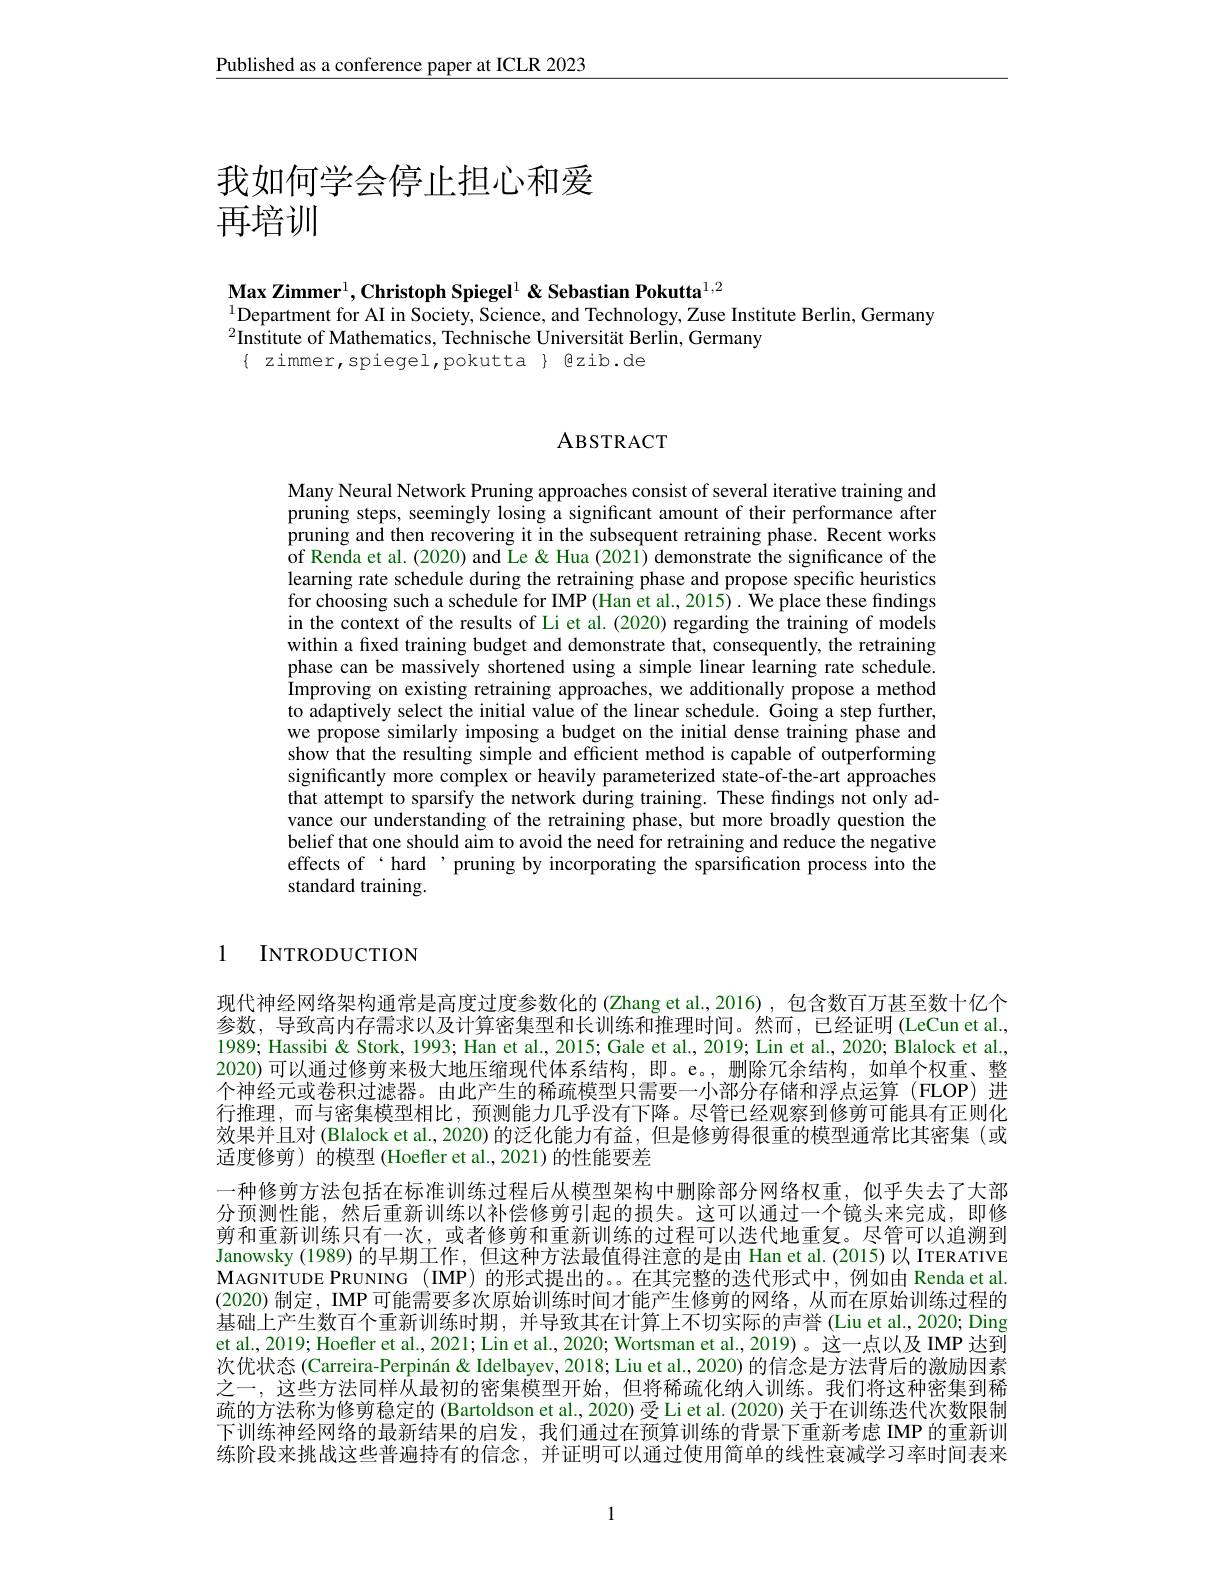
$\underline{\text{Published as a conference paper at ICLR 2023}}$

# 我如何学会停止担心和爱再培训

Max Zimmer$^1,\textbf{Christoph Spiegel}^1$ & Sebastian Pokutta$^1,2$
$^{1}$Department for AI in Society, Science, and Technology, Zuse Institute Berlin, Germany
$^{2}$Institute of Mathematics, Technische Universität Berlin, Germany
$\{$ zimmer,spiegel,pokutta}{@zib.de

## ABSTRACT

Many Neural Network Pruning approaches consist of several iterative training and pruning steps, seemingly losing a significant amount of their performance after pruning and then recovering it in the subsequent retraining phase. Recent works of Renda et al.(2020) and Le& Hua (2021) demonstrate the significance of the learning rate schedule during the retraining phase and propose specific heuristics for choosing such a schedule for IMP (Han et al., 2015). We place these findings in the context of the results of Li et al. (2020) regarding the training of models within a fixed training budget and demonstrate that, consequently, the retraining phase can be massively shortened using a simple linear learning rate schedule. Improving on existing retraining approaches, we additionally propose a method to adaptively select the initial value of the linear schedule. Going a step further, we propose similarly imposing a budget on the initial dense training phase and show that the resulting simple and efficient method is capable of outperforming significantly more complex or heavily parameterized state-of-the-art approaches that attempt to sparsify the network during training. These findings not only advance our understanding of the retraining phase, but more broadly question the belief that one should aim to avoid the need for retraining and reduce the negative effects of‘hard’pruning by incorporating the sparsification process into the standard training.

1 INTRODUCTION

现代神经网络架构通常是高度过度参数化的 (Zhang et al.,2016),包含数百万甚至数十亿个参数，导致高内存需求以及计算密集型和长训练和推理时间。然而，已经证明(LeCun et al., 1989; Hassibi & Stork, 1993; Han et al., 2015; Gale et al., 2019; Lin et al., 2020; Blalock et al. 2020) 可以通过修剪来极大地压缩现代体系结构，即。e。,删除冗余结构，如单个权重、整个神经元或卷积过滤器。由此产生的稀疏模型只需要一小部分存储和浮点运算(FLOP)进行推理，而与密集模型相比，预测能力几乎没有下降。尽管已经观察到修剪可能具有正则化效果并且对 (Blalock et al., 2020) 的泛化能力有益，但是修剪得很重的模型通常比其密集 (或适度修剪) 的模型 (Hoefler et al., 2021) 的性能要差
一种修剪方法包括在标准训练过程后从模型架构中删除部分网络权重，似乎失去了大部分预测性能，然后重新训练以补偿修剪引起的损失。这可以通过一个镜头来完成，即修剪和重新训练只有一次，或者修剪和重新训练的过程可以迭代地重复。尽管可以追溯到Janowsky (1989)的早期工作，但这种方法最值得注意的是由 Han et al.(2015)以 ITERATIVE MAGNITUDE PRUNING (IMP) 的形式提出的。。在其完整的迭代形式中，例如由 Renda et al. (2020)制定，IMP可能需要多次原始训练时间才能产生修剪的网络，从而在原始训练过程的基础上产生数百个重新训练时期，并导致其在计算上不切实际的声誉(Liu et al., 2020; Ding et al., 2019; Hoefler et al., 2021; Lin et al., 2020; Wortsman et al., 2019)。这一点以及 IMP 达到次优状态 (Carreira-Perpinán& Idelbayev, 2018; Liu et al., 2020) 的信念是方法背后的激励因素之一，这些方法同样从最初的密集模型开始，但将稀疏化纳入训练。我们将这种密集到稀疏的方法称为修剪稳定的 (Bartoldson et al., 2020) 受 Li et al. (2020) 关于在训练迭代次数限制下训练神经网络的最新结果的启发，我们通过在预算训练的背景下重新考虑 IMP 的重新训练阶段来挑战这些普遍持有的信念，并证明可以通过使用简单的线性衰减学习率时间表来

1